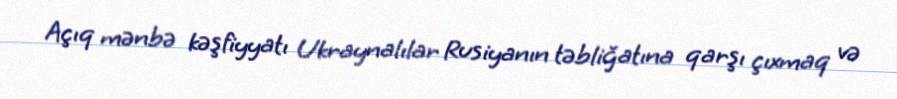
Açıq mənbə kəşfiyyatı Ukraynalılar Rusiyanın təbliğatına qarşı çıxmaq və